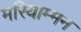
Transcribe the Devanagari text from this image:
मरियाम्मन